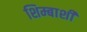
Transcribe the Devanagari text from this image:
शिम्बाशी